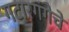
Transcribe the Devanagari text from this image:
गटारगंगेचे